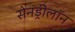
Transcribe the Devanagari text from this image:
सेनड्रीलॉन